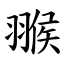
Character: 翭